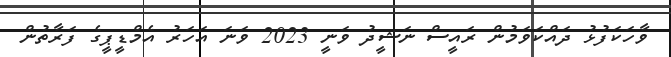
ވާހަކަފުޅު ދައްކަވަމުން ރައީސް ނަޝީދު ވަނީ 2023 ވަަނަ އަހަރު އެމްޑީޕީގެ ފަރާތުން